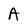
Character: A